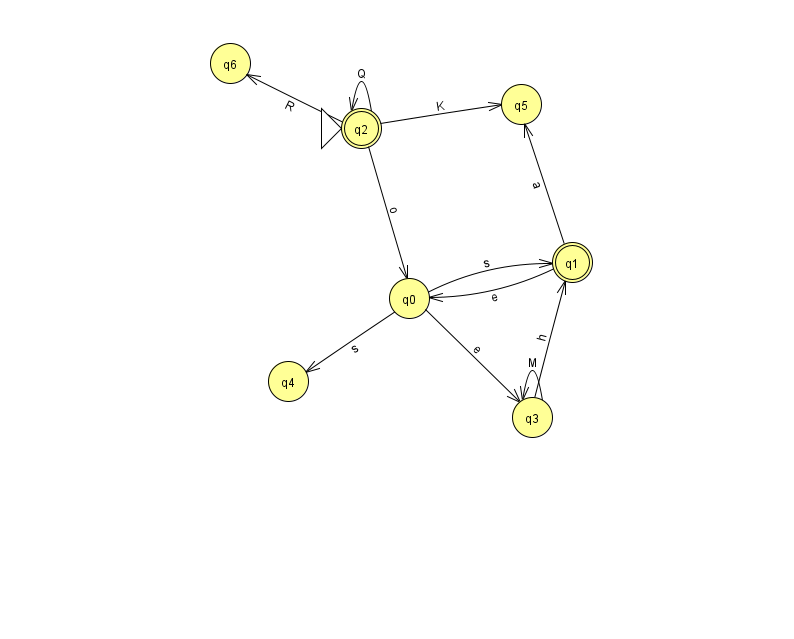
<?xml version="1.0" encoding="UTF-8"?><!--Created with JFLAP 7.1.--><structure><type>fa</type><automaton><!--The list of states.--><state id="0" name="q0"><x>409.0</x><y>285.0</y></state><state id="1" name="q1"><x>572.0</x><y>249.0</y><final/></state><state id="2" name="q2"><x>361.0</x><y>115.0</y><initial/><final/></state><state id="3" name="q3"><x>532.0</x><y>404.0</y></state><state id="4" name="q4"><x>288.0</x><y>368.0</y></state><state id="5" name="q5"><x>521.0</x><y>91.0</y></state><state id="6" name="q6"><x>230.0</x><y>50.0</y></state><!--The list of transitions.--><transition><from>2</from><to>6</to><read>R</read></transition><transition><from>1</from><to>0</to><read>e</read></transition><transition><from>2</from><to>2</to><read>Q</read></transition><transition><from>3</from><to>1</to><read>h</read></transition><transition><from>1</from><to>5</to><read>a</read></transition><transition><from>0</from><to>4</to><read>s</read></transition><transition><from>2</from><to>5</to><read>K</read></transition><transition><from>0</from><to>1</to><read>s</read></transition><transition><from>2</from><to>0</to><read>o</read></transition><transition><from>0</from><to>3</to><read>e</read></transition><transition><from>3</from><to>3</to><read>M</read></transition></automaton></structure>